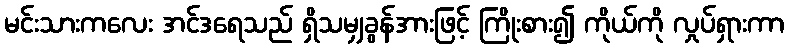
မင်းသားကလေး အင်ဒရေသည် ရှိသမျှခွန်အားဖြင့် ကြိုးစား၍ ကိုယ်ကို လှုပ်ရှားကာ